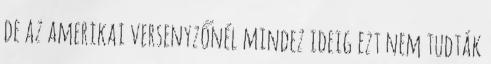
de az amerikai versenyzőnél mindez ideig ezt nem tudták